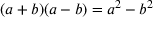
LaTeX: ( a + b ) ( a - b ) = a ^ { 2 } - b ^ { 2 }